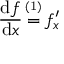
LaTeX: { \frac { \operatorname { d } \! f } { \operatorname { d } \! x } } \, { \overset { \underset { \mathrm { ( 1 ) } } { } } { = } } \, f _ { x } ^ { \prime }